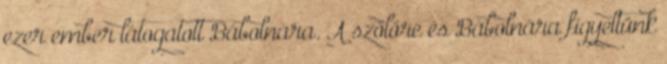
ezer ember látogatott Bábolnára. A szőlőre és Bábolnára figyeltünk